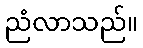
ညံလာသည်။